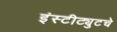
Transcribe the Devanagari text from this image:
इंस्टीट्युटचे